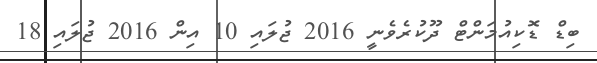
ބިޑް ޑޮކިއުމަންޓް ދޫކުރެވެނީ 2016 ޖުލައި 10 އިން 2016 ޖުލައި 18